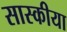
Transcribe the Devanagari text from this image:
सास्कीया